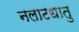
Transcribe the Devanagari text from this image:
नलाटधातु